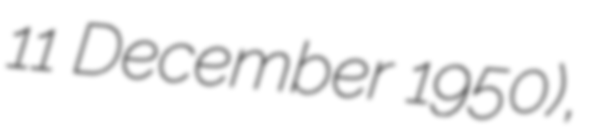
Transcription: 11 December 1950),